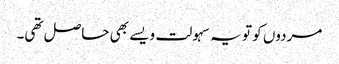
مردوں کو تو یہ سہولت ویسے بھی حاصل تھی۔